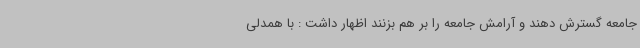
جامعه گسترش دهند و آرامش جامعه را بر هم بزنند اظهار داشت : با همدلی